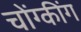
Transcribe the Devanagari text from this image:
चोंग्कींग